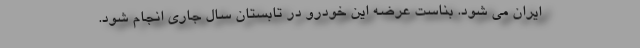
ایران می شود. بناست عرضه این خودرو در تابستان سال جاری انجام شود.